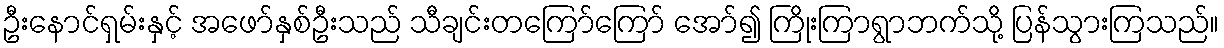
ဦးနောင်ရှမ်းနှင့် အဖော်နှစ်ဦးသည် သီချင်းတကြော်ကြော် အော်၍ ကြိုးကြာရွာဘက်သို့ ပြန်သွားကြသည်။